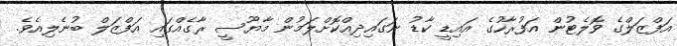
އަފްޒަލްގެ ވޮލެޓުން އަފުރާހުގެ އައިޑީ ކާޑު ނަގައިދިއްކޮށްލަމުން މާޔޫސީ ރާގެއްގައި އަފްޒަލް ބުނެލިއެވެ.